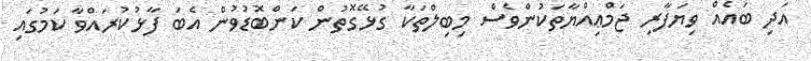
އަދި ބައެއް ވިޔަފާރި ޖަމްޢިއްޔާތަކުންވެސް މިބިލްތަކާ ގުޅޭގޮތުން ކަންބޮޑުވުން އެބަ ފާޅުކުރައްވާ ކަމުގައި